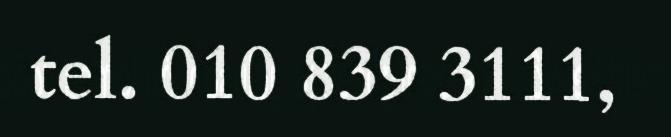
tel. 010 839 3111,